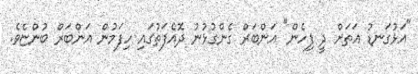
"އަޅުގަނޑު އަތަށް ދީ ފިހެން" އަންބަރް ގެންގުޅުނު ދޮއެފަތުގައި ހިފަމުން އަންބަރް ބުންޏެވެ.